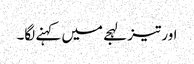
اور تیز لہجے میں کہنے لگا۔